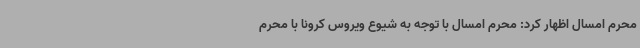
محرم امسال اظهار کرد: محرم امسال با توجه به شیوع ویروس کرونا با محرم